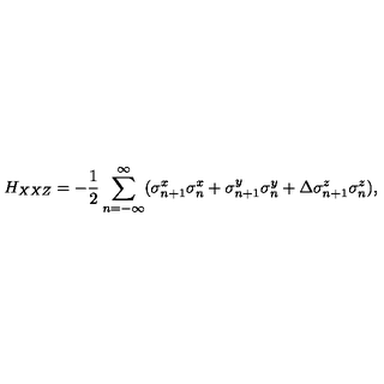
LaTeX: H _ { X X Z } = - \frac { 1 } { 2 } \sum _ { n = - \infty } ^ { \infty } ( \sigma _ { n + 1 } ^ { x } \sigma _ { n } ^ { x } + \sigma _ { n + 1 } ^ { y } \sigma _ { n } ^ { y } + \Delta \sigma _ { n + 1 } ^ { z } \sigma _ { n } ^ { z } ) ,